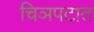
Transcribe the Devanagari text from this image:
चिञपटात